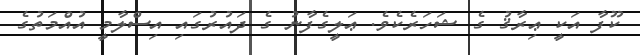
ކޫފާ އަކީ ޢިރާޤު ގެ ޝަހަރެކެވެ. ޢަލީގެފާނު ގެ ދައުރުގައި އިސްލާމީ އުއްމަތުގެ